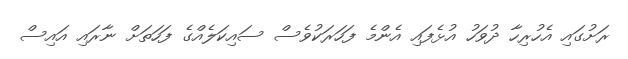
ރަށުގައި އެހުރިހާ ދުވަހު އުޅެފައި އެންމެ ފަހަރަކުވެސް ސައިކަލެއްގެ ފަހަތަށް ނާރައި އައިސް